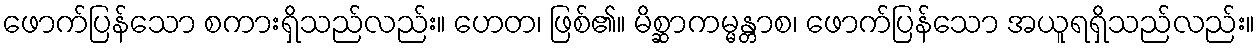
ဖောက်ပြန်သော စကားရှိသည်လည်း။ ဟေတ၊ ဖြစ်၏။ မိစ္ဆာကမ္မန္တာစ၊ ဖောက်ပြန်သော အယူရရှိသည်လည်း။